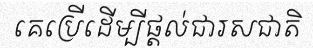
គេប្រើដើម្បីផ្តល់ជារសជាតិ